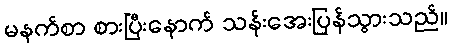
မနက်စာ စားပြီးနောက် သန်းအေးပြန်သွားသည်။